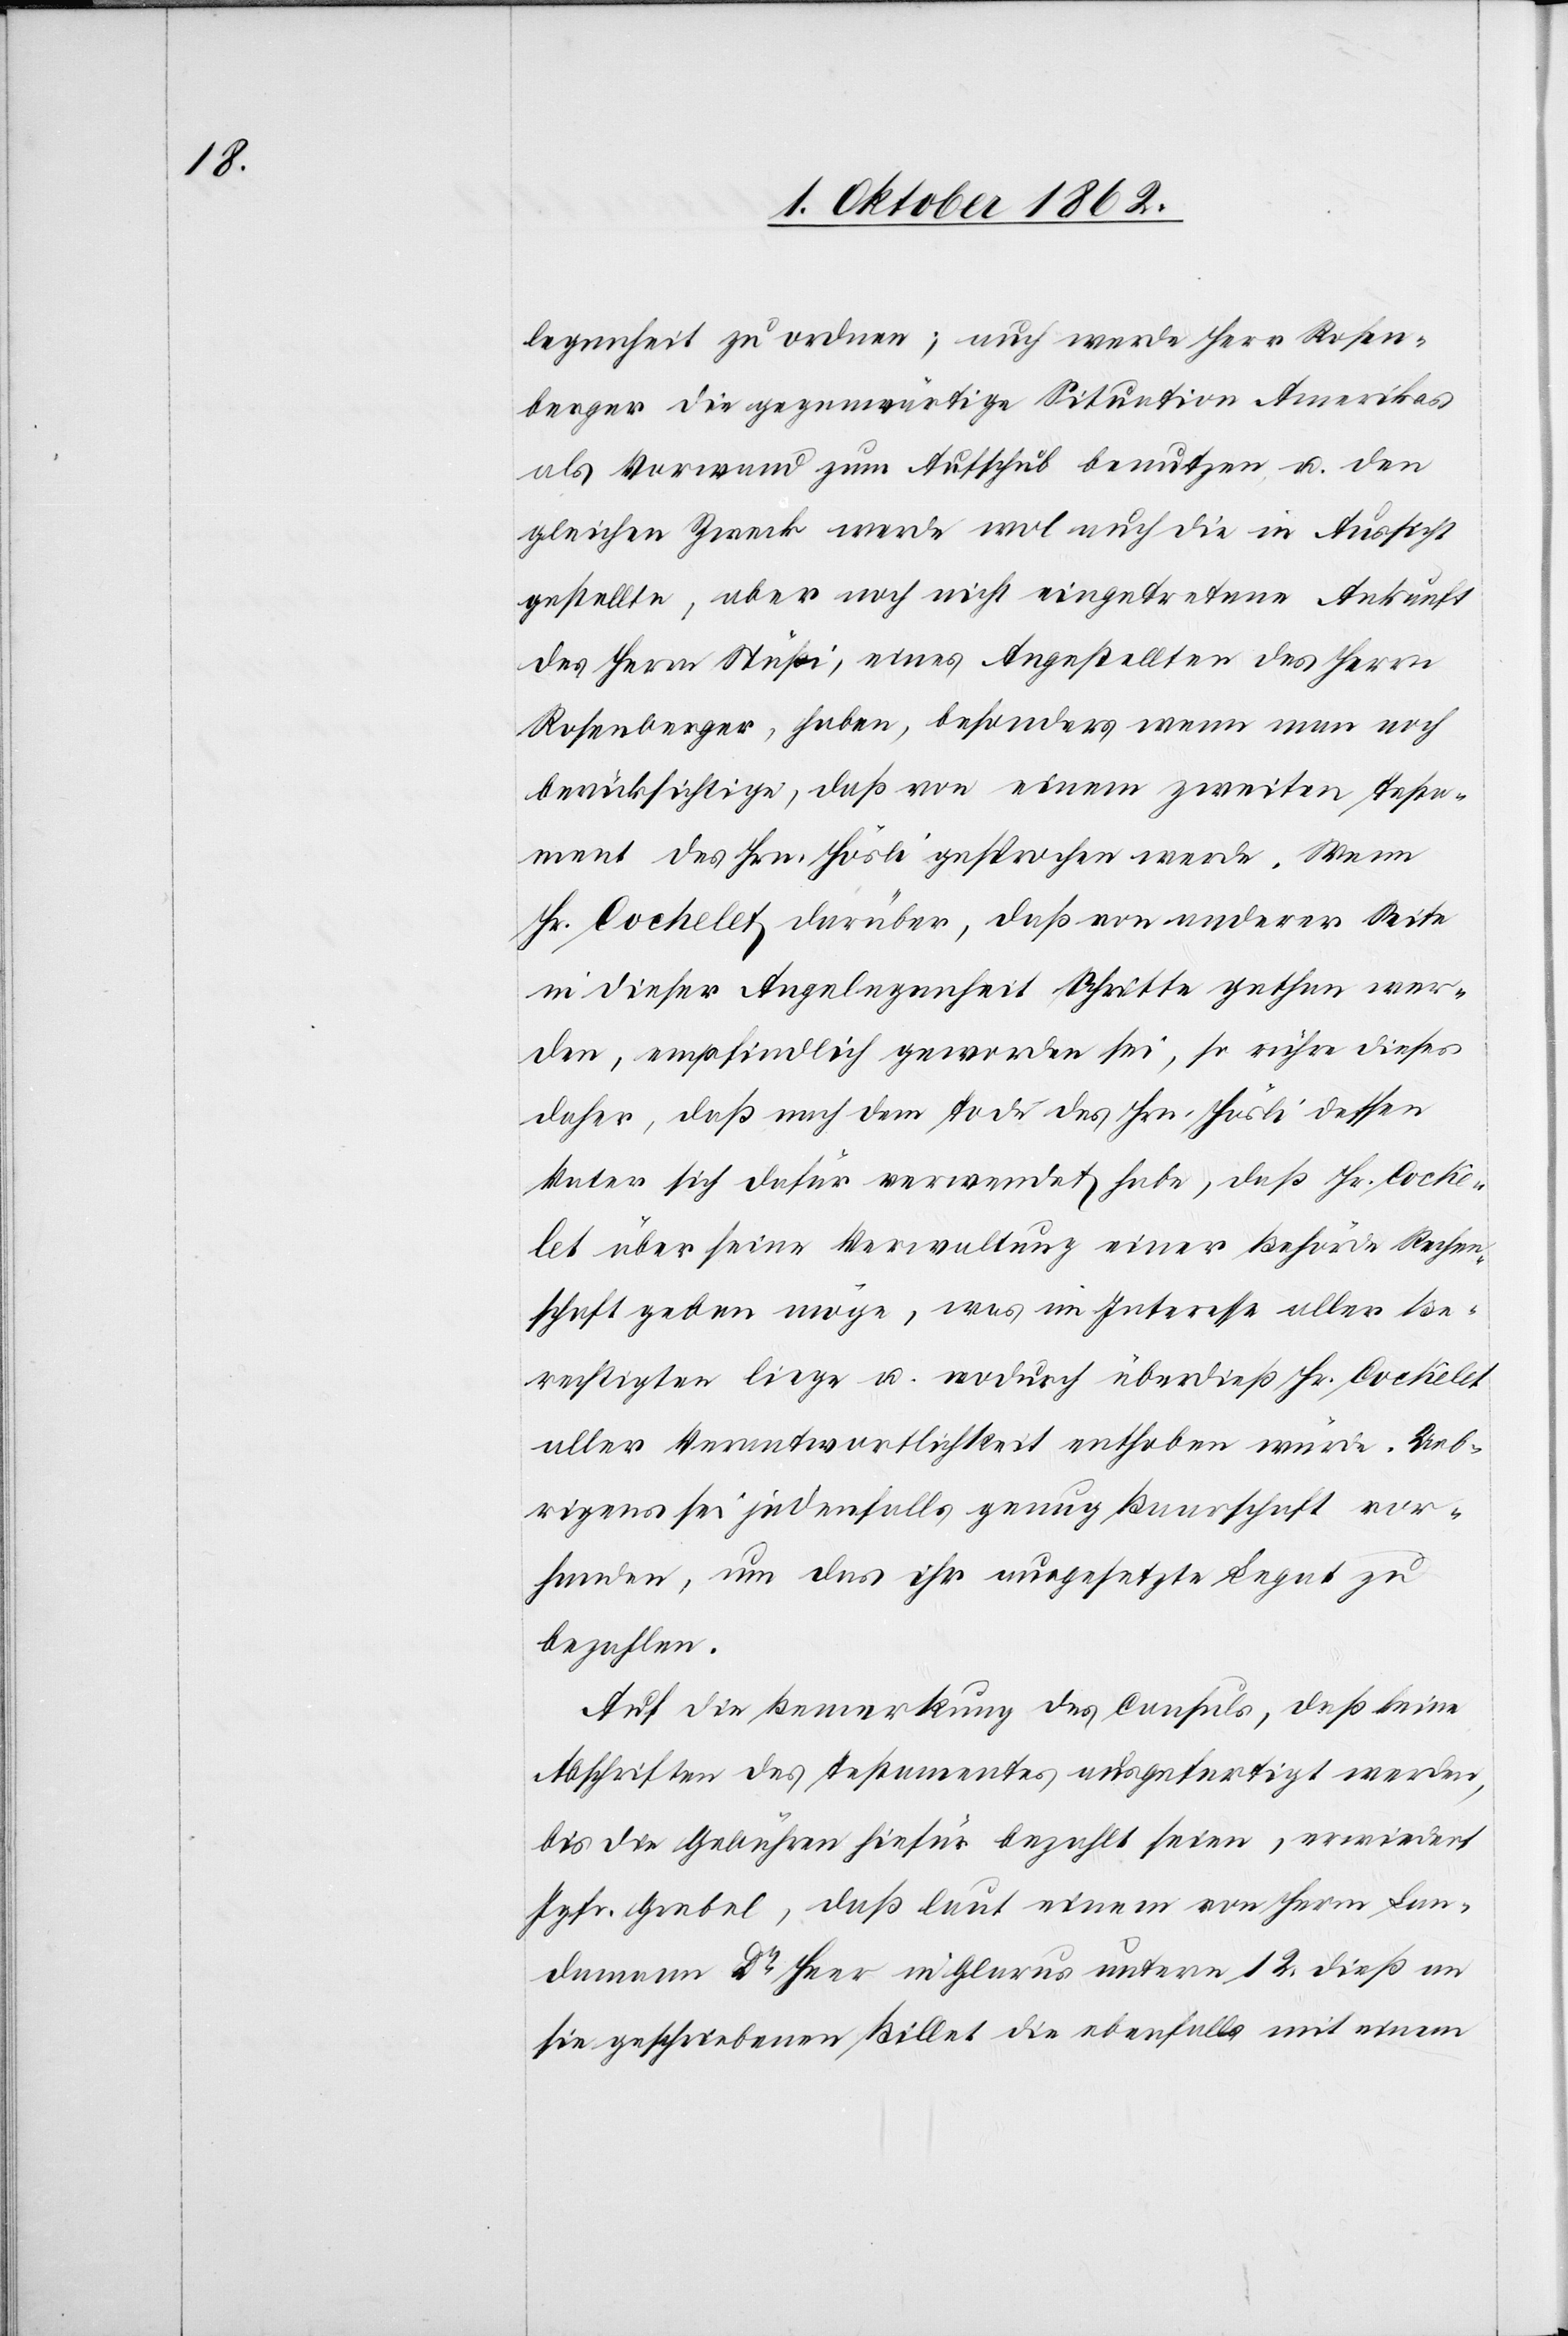
legenheit zu ordnen; auch werde Herr Rosen¬
berger die gegenwärtige Situation Amerikas
als Vorwand zum Aufschub benutzen u. den
gleichen Zweck werde wol auch die in Aussicht
gestellte, aber noch nicht eingetretene Auskunft
des Herrn Stüßi, eines Angelstellten des Herrn
Rosenberger, haben, besonders wenn man noch
berücksichtige, daß von einem zweiten Testa¬
ment des Hrn. Hösli gesprochen werde. Wenn
Hr. Cochelet darüber, daß von anderer Seite
in dieser Angelegenheit Schritte gethan wer¬
den, empfindlich geworden sei, so rühre dieses
daher, daß nach dem Tode des Hrn. Hösli dessen
Vater sich dafür verwendet habe, daß Hr. Cochê¬
let über seine Verwaltung einer Behörde Rechen¬
schaft geben möge, was im Interesse aller Be¬
rechtigten liege u. wodurch überdieß Hr. Cochêlet
aller Verantwortlichkeit enthoben würde. Ueb¬
rigens sei jedenfalls genug Baarschaft vor¬
handen, um das ihr ausgesetzte Legat zu
bezahlen.
Auf die Bemerkung des Consuls, daß keine
Abschriften des Testamentes ausgefertigt werden,
bis die Gebühren hiefür bezahlt seien, erwiedert
Jgfr. Grebel, daß laut einem von Herrn Lan¬
damann Dr. Heer in Glarus unterm 12. dieß an
sie geschriebenen Billet die ebenfalls mit einem